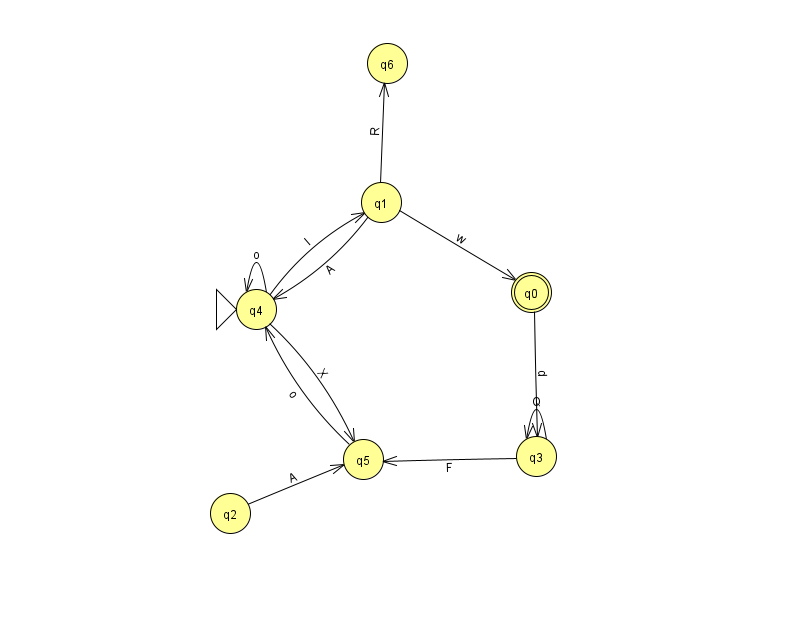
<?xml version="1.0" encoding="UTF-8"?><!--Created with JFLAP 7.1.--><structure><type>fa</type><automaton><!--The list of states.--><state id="0" name="q0"><x>531.0</x><y>279.0</y><final/></state><state id="1" name="q1"><x>381.0</x><y>189.0</y></state><state id="2" name="q2"><x>230.0</x><y>500.0</y></state><state id="3" name="q3"><x>536.0</x><y>443.0</y></state><state id="4" name="q4"><x>256.0</x><y>296.0</y><initial/></state><state id="5" name="q5"><x>363.0</x><y>446.0</y></state><state id="6" name="q6"><x>387.0</x><y>50.0</y></state><!--The list of transitions.--><transition><from>1</from><to>0</to><read>w</read></transition><transition><from>1</from><to>6</to><read>R</read></transition><transition><from>3</from><to>3</to><read>Q</read></transition><transition><from>3</from><to>5</to><read>F</read></transition><transition><from>4</from><to>1</to><read>l</read></transition><transition><from>5</from><to>4</to><read>o</read></transition><transition><from>1</from><to>4</to><read>A</read></transition><transition><from>2</from><to>5</to><read>A</read></transition><transition><from>0</from><to>3</to><read>d</read></transition><transition><from>4</from><to>4</to><read>o</read></transition><transition><from>4</from><to>5</to><read>X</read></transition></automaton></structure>